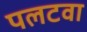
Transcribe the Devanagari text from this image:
पलटवा